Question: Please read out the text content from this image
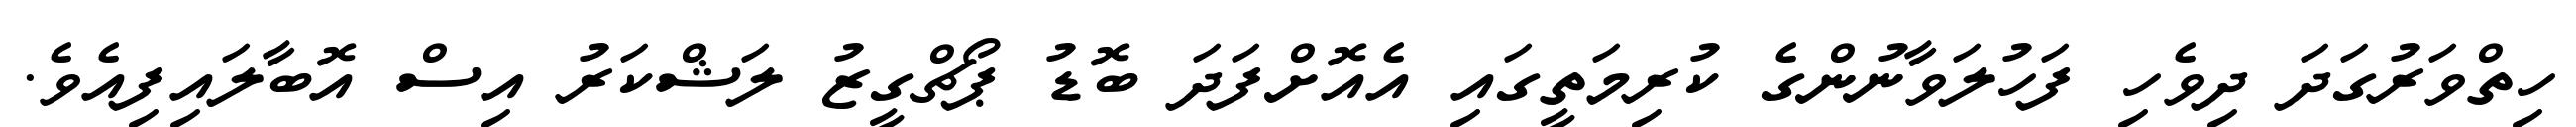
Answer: ހިތްވަރުގަދަ ދިވެހި ފަހުލަވާނުންގެ ކުރިމަތީގައި އެއޮށްފަދަ ބޮޑު ޕޯޗްގީޒު ލަޝްކަރު އިސް އޮބާލައިފިއެވެ.